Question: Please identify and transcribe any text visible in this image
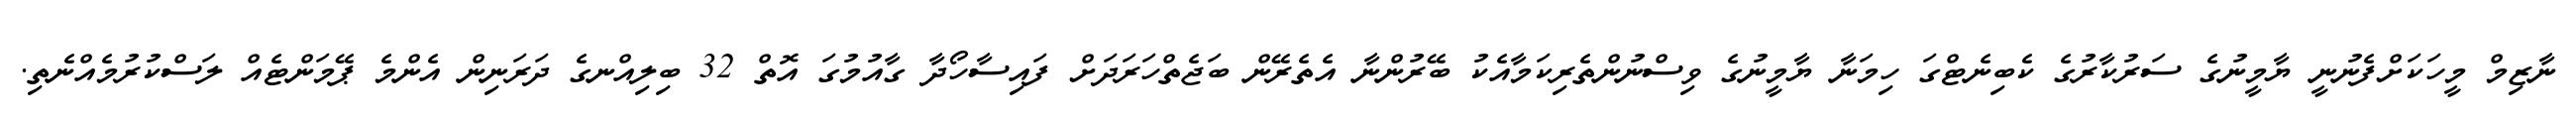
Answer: ނާޒިމް މީހަކަށްފެނުނީ ޔާމީނުގެ ސަރުކާރުގެ ކެބިނެޓްގަ ހިމަނާ ޔާމީނުގެ ވިސްނުންތެރިކަމާއެކު ބޭރުންނާ އެތެރޭން ބަޖެތްހަރަދަށް ފައިސާހޯދާ ގާއުމުގަ އޮތް 32 ބިލިއްނގެ ދަރަނިން އެންމެ ޕޭމަންޓެއް ލަސްކުރުމެއްނެތި.